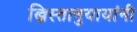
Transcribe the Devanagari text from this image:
ख्रिस्तानुयायांनी